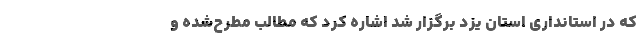
که در استانداری استان یزد برگزار شد اشاره کرد که مطالب مطرح‌شده و